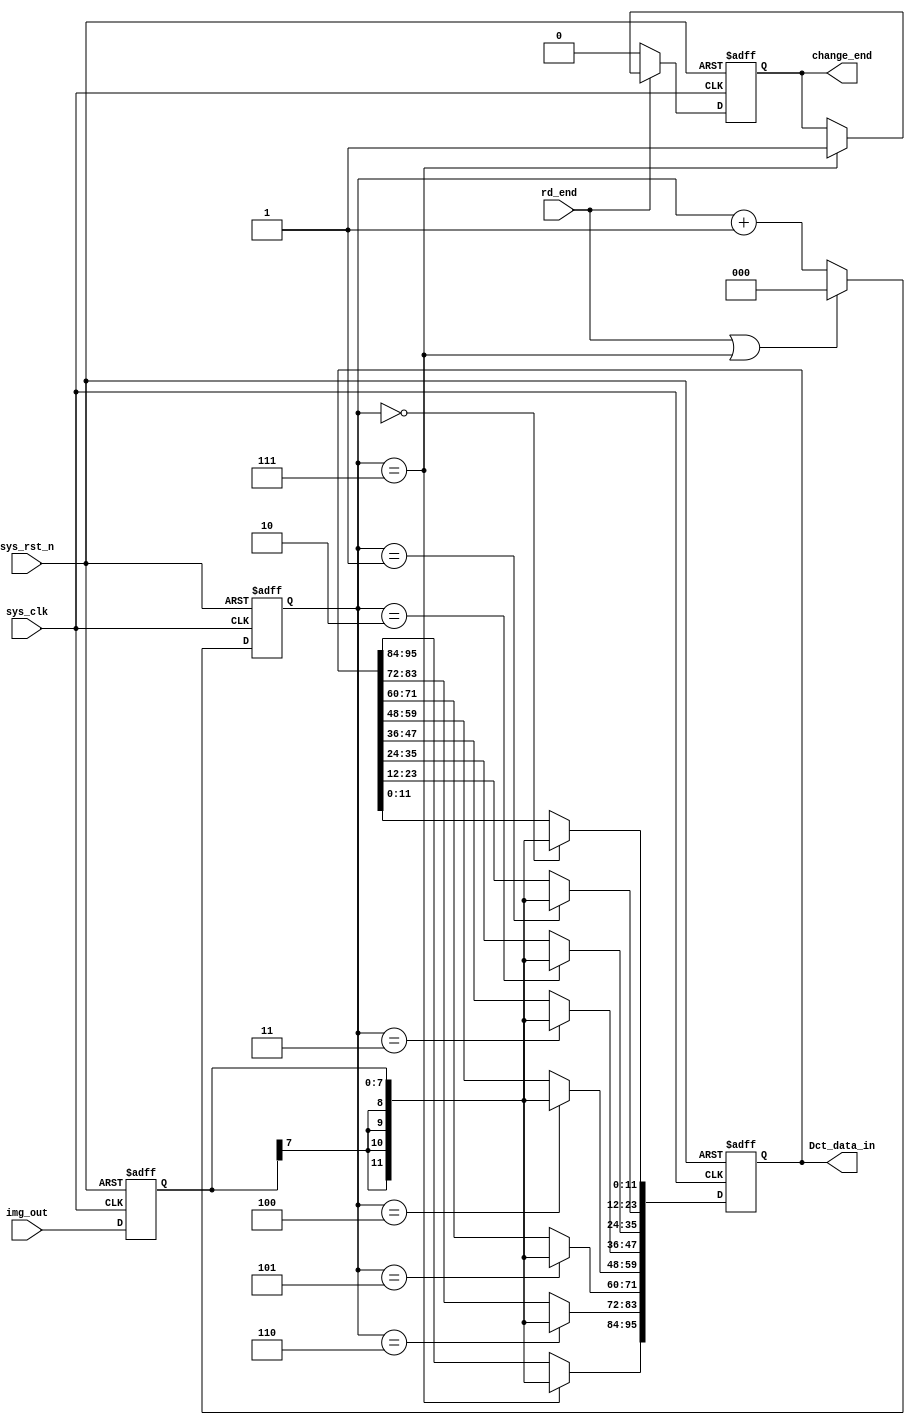
module serial_to_paraller
(
    input   wire                    sys_clk         ,
    input   wire                    sys_rst_n       ,
    input   wire    signed  [7:0]   img_out         ,
    input   wire                    rd_end          ,
    
    output  reg                     change_end      ,
    output  reg             [95:0]  Dct_data_in
);

reg     [2:0]   cnt     ;
reg     [7:0]   img_reg ;

//
always@(posedge sys_clk or negedge sys_rst_n)
    if(sys_rst_n==1'b0)
        img_reg<=8'd0;
    else
        img_reg<=img_out;
        
always@(posedge sys_clk or negedge sys_rst_n)
    if(sys_rst_n==1'b0)
        cnt<=3'd0;
    else if(rd_end==1'b1 || cnt==3'd7)
        cnt<=3'd0;
    else
        cnt<=cnt+1'b1;
        
always@(posedge sys_clk or negedge sys_rst_n)
    if(sys_rst_n==1'b0)
        change_end<=1'b0;
    else if(rd_end==1'b0)
        change_end<=1'b0;
    else if(cnt==3'd7)
        change_end<=1'b1;
    else
        change_end<=change_end;
        
always@(posedge sys_clk or negedge sys_rst_n)
    if(sys_rst_n==1'b0)
        Dct_data_in<=95'd0;
    else
        case(cnt)
            3'd0:   Dct_data_in[11:0 ]<={{4{img_reg[7]}},img_reg};
            3'd1:   Dct_data_in[23:12]<={{4{img_reg[7]}},img_reg};
            3'd2:   Dct_data_in[35:24]<={{4{img_reg[7]}},img_reg};
            3'd3:   Dct_data_in[47:36]<={{4{img_reg[7]}},img_reg};
            3'd4:   Dct_data_in[59:48]<={{4{img_reg[7]}},img_reg};
            3'd5:   Dct_data_in[71:60]<={{4{img_reg[7]}},img_reg};
            3'd6:   Dct_data_in[83:72]<={{4{img_reg[7]}},img_reg};
            3'd7:   Dct_data_in[95:84]<={{4{img_reg[7]}},img_reg};
            default:Dct_data_in<=Dct_data_in;
        endcase





endmodule